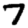
Digit: 7